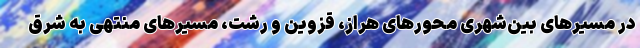
در مسیرهای بین‌شهری محورهای هراز، قزوین و رشت، مسیرهای منتهی به شرق